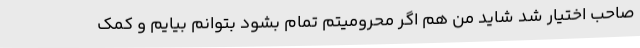
صاحب اختیار شد شاید من هم اگر محرومیتم تمام بشود بتوانم بیایم و کمک